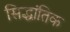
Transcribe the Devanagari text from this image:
सिद्धांतिक